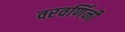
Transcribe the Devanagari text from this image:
वरवर्णिनी